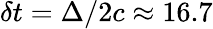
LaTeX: \delta{t}=\Delta/2c\approx 16.7